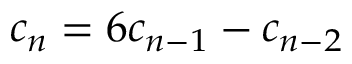
c _ { n } = 6 c _ { n - 1 } - c _ { n - 2 }